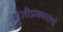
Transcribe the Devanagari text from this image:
शेतीप्रकाराचे